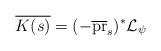
LaTeX: \begin{align*} \overline{K(s)} = (-\overline{\mathrm{pr}}_s)^* \mathcal{L}_\psi\end{align*}